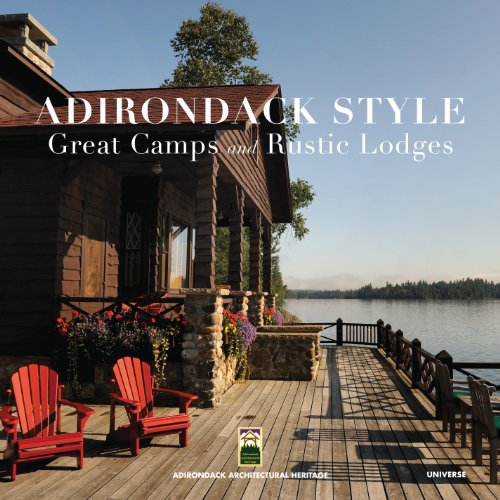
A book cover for Adirondack Style: Great Camps and Rustic Lodges; Lynn Woods; Crafts, Hobbies & Home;